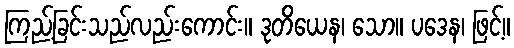
ကြည့်ခြင်းသည်လည်းကောင်း။ ဒုတိယေန၊ သော။ ပဒေန၊ ဖြင့်။